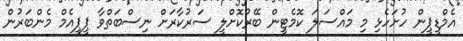
އެމްޑީޕީން ހުށަހެޅި މި މައްސަލަ ކޮމެޓީން ބޭރުކޮށްލީ ސަރުކާރަށް ނިސްބަތްވާ ޕީޕީއެމް މެންބަރުން